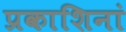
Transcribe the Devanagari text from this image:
प्रकाशिनां